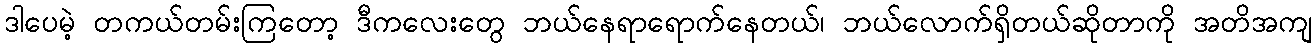
ဒါပေမဲ့ တကယ်တမ်းကြတော့ ဒီကလေးတွေ ဘယ်နေရာရောက်နေတယ်၊ ဘယ်လောက်ရှိတယ်ဆိုတာကို အတိအကျ